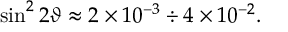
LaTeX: \sin ^ { 2 } 2 \vartheta \approx 2 \times 1 0 ^ { - 3 } \div 4 \times 1 0 ^ { - 2 } .